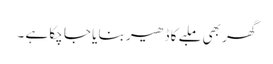
گھر بھی ملبے کا ڈھیر بنا یا جا چکا ہے ۔